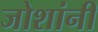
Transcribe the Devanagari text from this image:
जोशांनी